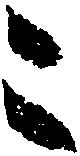
こ